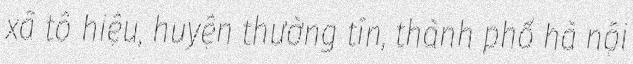
xã tô hiệu, huyện thường tín, thành phố hà nội